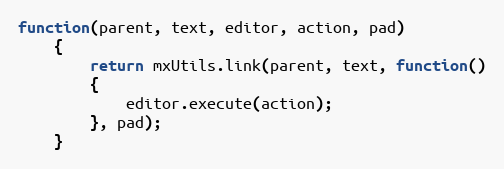
Language: JavaScript
function(parent, text, editor, action, pad)
	{
		return mxUtils.link(parent, text, function()
		{
			editor.execute(action);
		}, pad);
	}